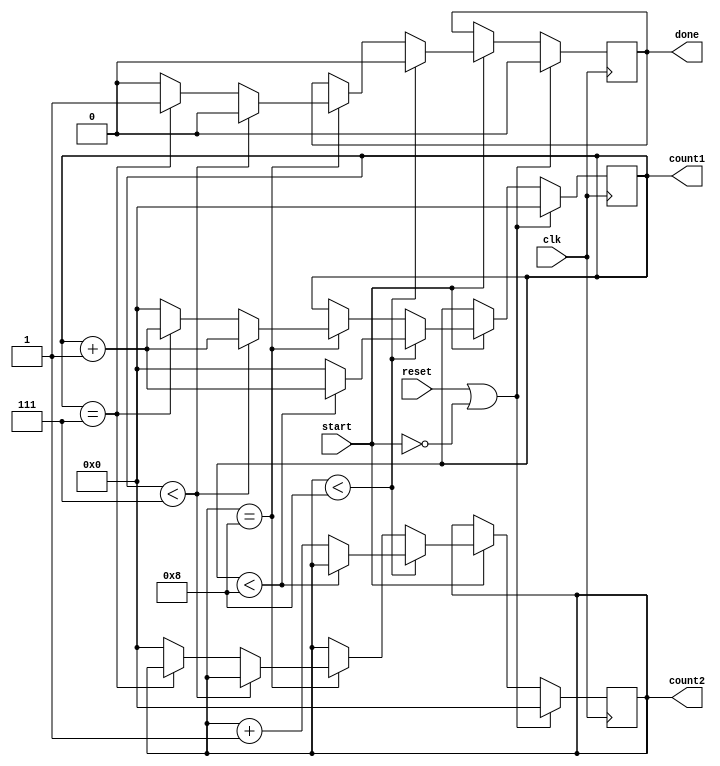
// This program was cloned from: https://github.com/ilaydayaman/CNN_for_SLR
// License: BSD 2-Clause "Simplified" License

module Counter2(
    input clk,
    input start,
    input reset,
    output reg [3:0] count1,
    output reg [3:0] count2,
    output reg done
    );
    
    parameter mod = 9;
    
    always @ ( posedge clk )
    begin
        if( reset || ~start )
        begin
            count1 <= 0;
            count2 <= 0;
            done <= 0;
        end else if ( start )
        begin
            if( count2 < mod-1 )
            begin
                if( count1 < mod-1 )
                begin
                    count1 <= count1 + 1;
                    done <= 0;
                end else
                begin
                    count1 <= 0;
                    count2 <= count2 + 1;
                    done <= 0;
                end
            end else if ( count2 == mod-1 )
            begin
                if( count1 < mod - 2 )
                    begin
                        count1 <= count1 + 1;
                        done <= 0;
                    end else if ( count1 == mod - 2 )
                    begin
                        count1 <= count1 + 1;
                        done <= 1;
                    end
                    else
                    begin
                        count1 <= 0;
                        count2 <= 0;
                        done <= 0;
                    end
            end
        end
    end
endmodule